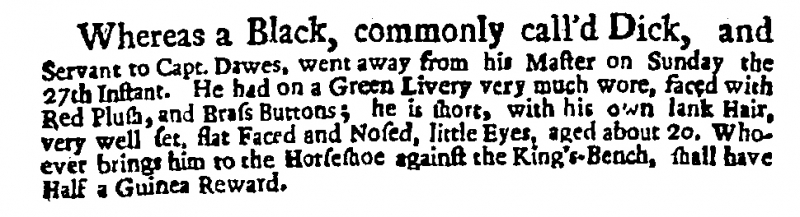
Daily Post, 29 January 1723 (England)
Whereas a Black, commonly call’d Dick, and Servant to Capt. Dawes, went away from his Master on Sunday the 27th Instant. He had on a Green Livery very much wore, faced with Red Plush, and Brass Buttons; he is short, with his own lank Hair, very well set, flat Faced and Nosed, little Eyes, aged about 20. Whoever brings him to the Horseshoe against the King’s-Bench, shall have Half a Guinea Reward.